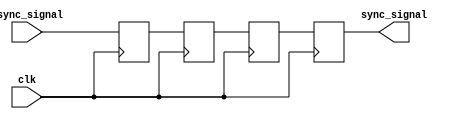
module triple_ff_synchronizer (
    input wire async_signal,  // Input signal from asynchronous clock domain
    input wire clk,           // Clock signal of the destination clock domain
    output reg sync_signal    // Synchronized output signal
);

    // Internal flip-flop signals
    reg ff1, ff2, ff3;

    always @(posedge clk) begin
        ff1 <= async_signal; // Sample async_signal on the rising edge of clk
        ff2 <= ff1;          // Sample ff1 on the next rising edge
        ff3 <= ff2;          // Sample ff2 on the next rising edge
    end

    // Final output is the output of the last flip-flop
    always @(posedge clk) begin
        sync_signal <= ff3;  // Assign the output of the third flip-flop
    end

endmodule